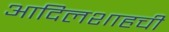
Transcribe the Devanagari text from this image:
आदिलशाहची